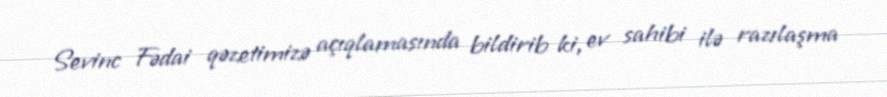
Sevinc Fədai qəzetimizə açıqlamasında bildirib ki, ev sahibi ilə razılaşma